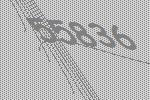
55836